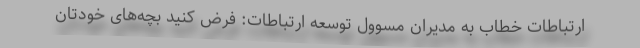
ارتباطات خطاب به مدیران مسوول توسعه ارتباطات: فرض کنید بچه‌های خودتان